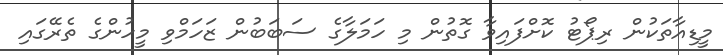
މީޑިއާތަކުން ރިޕޯޓު ކޮށްފައިވާ ގޮތުން މި ހަމަލާގެ ސަބަބުން ޒަހަމްވި މީހުންގެ ތެރޭގައި